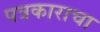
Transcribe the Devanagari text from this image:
पत्रकाराचा